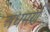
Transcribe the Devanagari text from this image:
अधमर्ण